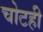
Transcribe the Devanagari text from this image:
चोटही